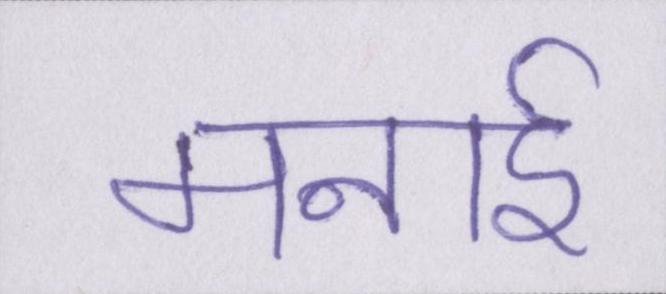
मनाई